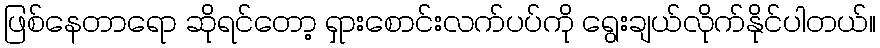
ဖြစ်နေတာရော ဆိုရင်တော့ ရှားစောင်းလက်ပပ်ကို ရွေးချယ်လိုက်နိုင်ပါတယ်။